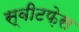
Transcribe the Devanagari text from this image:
स्वीटफ़ेस